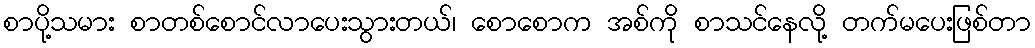
စာပို့သမား စာတစ်စောင်လာပေးသွားတယ်၊ စောစောက အစ်ကို စာသင်နေလို့ တက်မပေးဖြစ်တာ